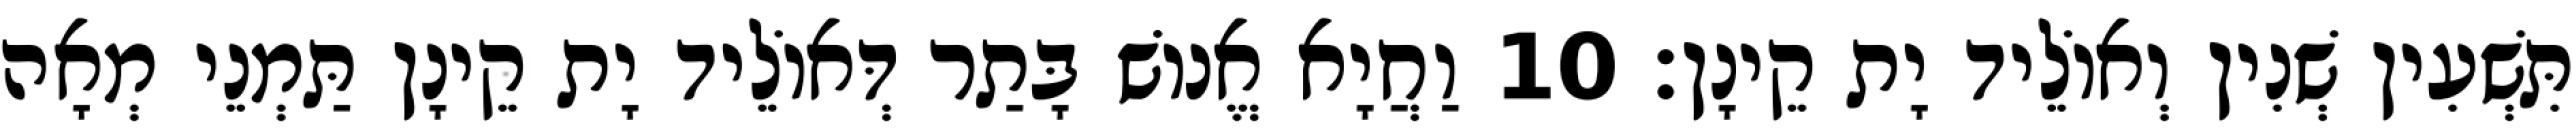
תִּשְׁעִין שְׁנִין וְאוֹלֵיד יָת קֵינָן׃ 10 וַחֲיָא אֱנוֹשׁ בָּתַר דְּאוֹלֵיד יָת קֵינָן תַּמְנֵי מְאָה